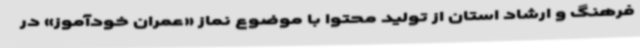
فرهنگ و ارشاد استان از تولید محتوا با موضوع نماز «عمران خودآموز» در